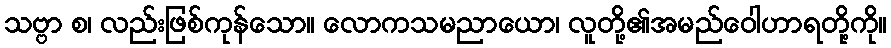
သဗ္ဗာ စ၊ လည်းဖြစ်ကုန်သော။ လောကသမညာယော၊ လူတို့၏အမည်ဝေါဟာရတို့ကို။